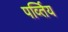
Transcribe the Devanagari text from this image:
पर्व्तिय